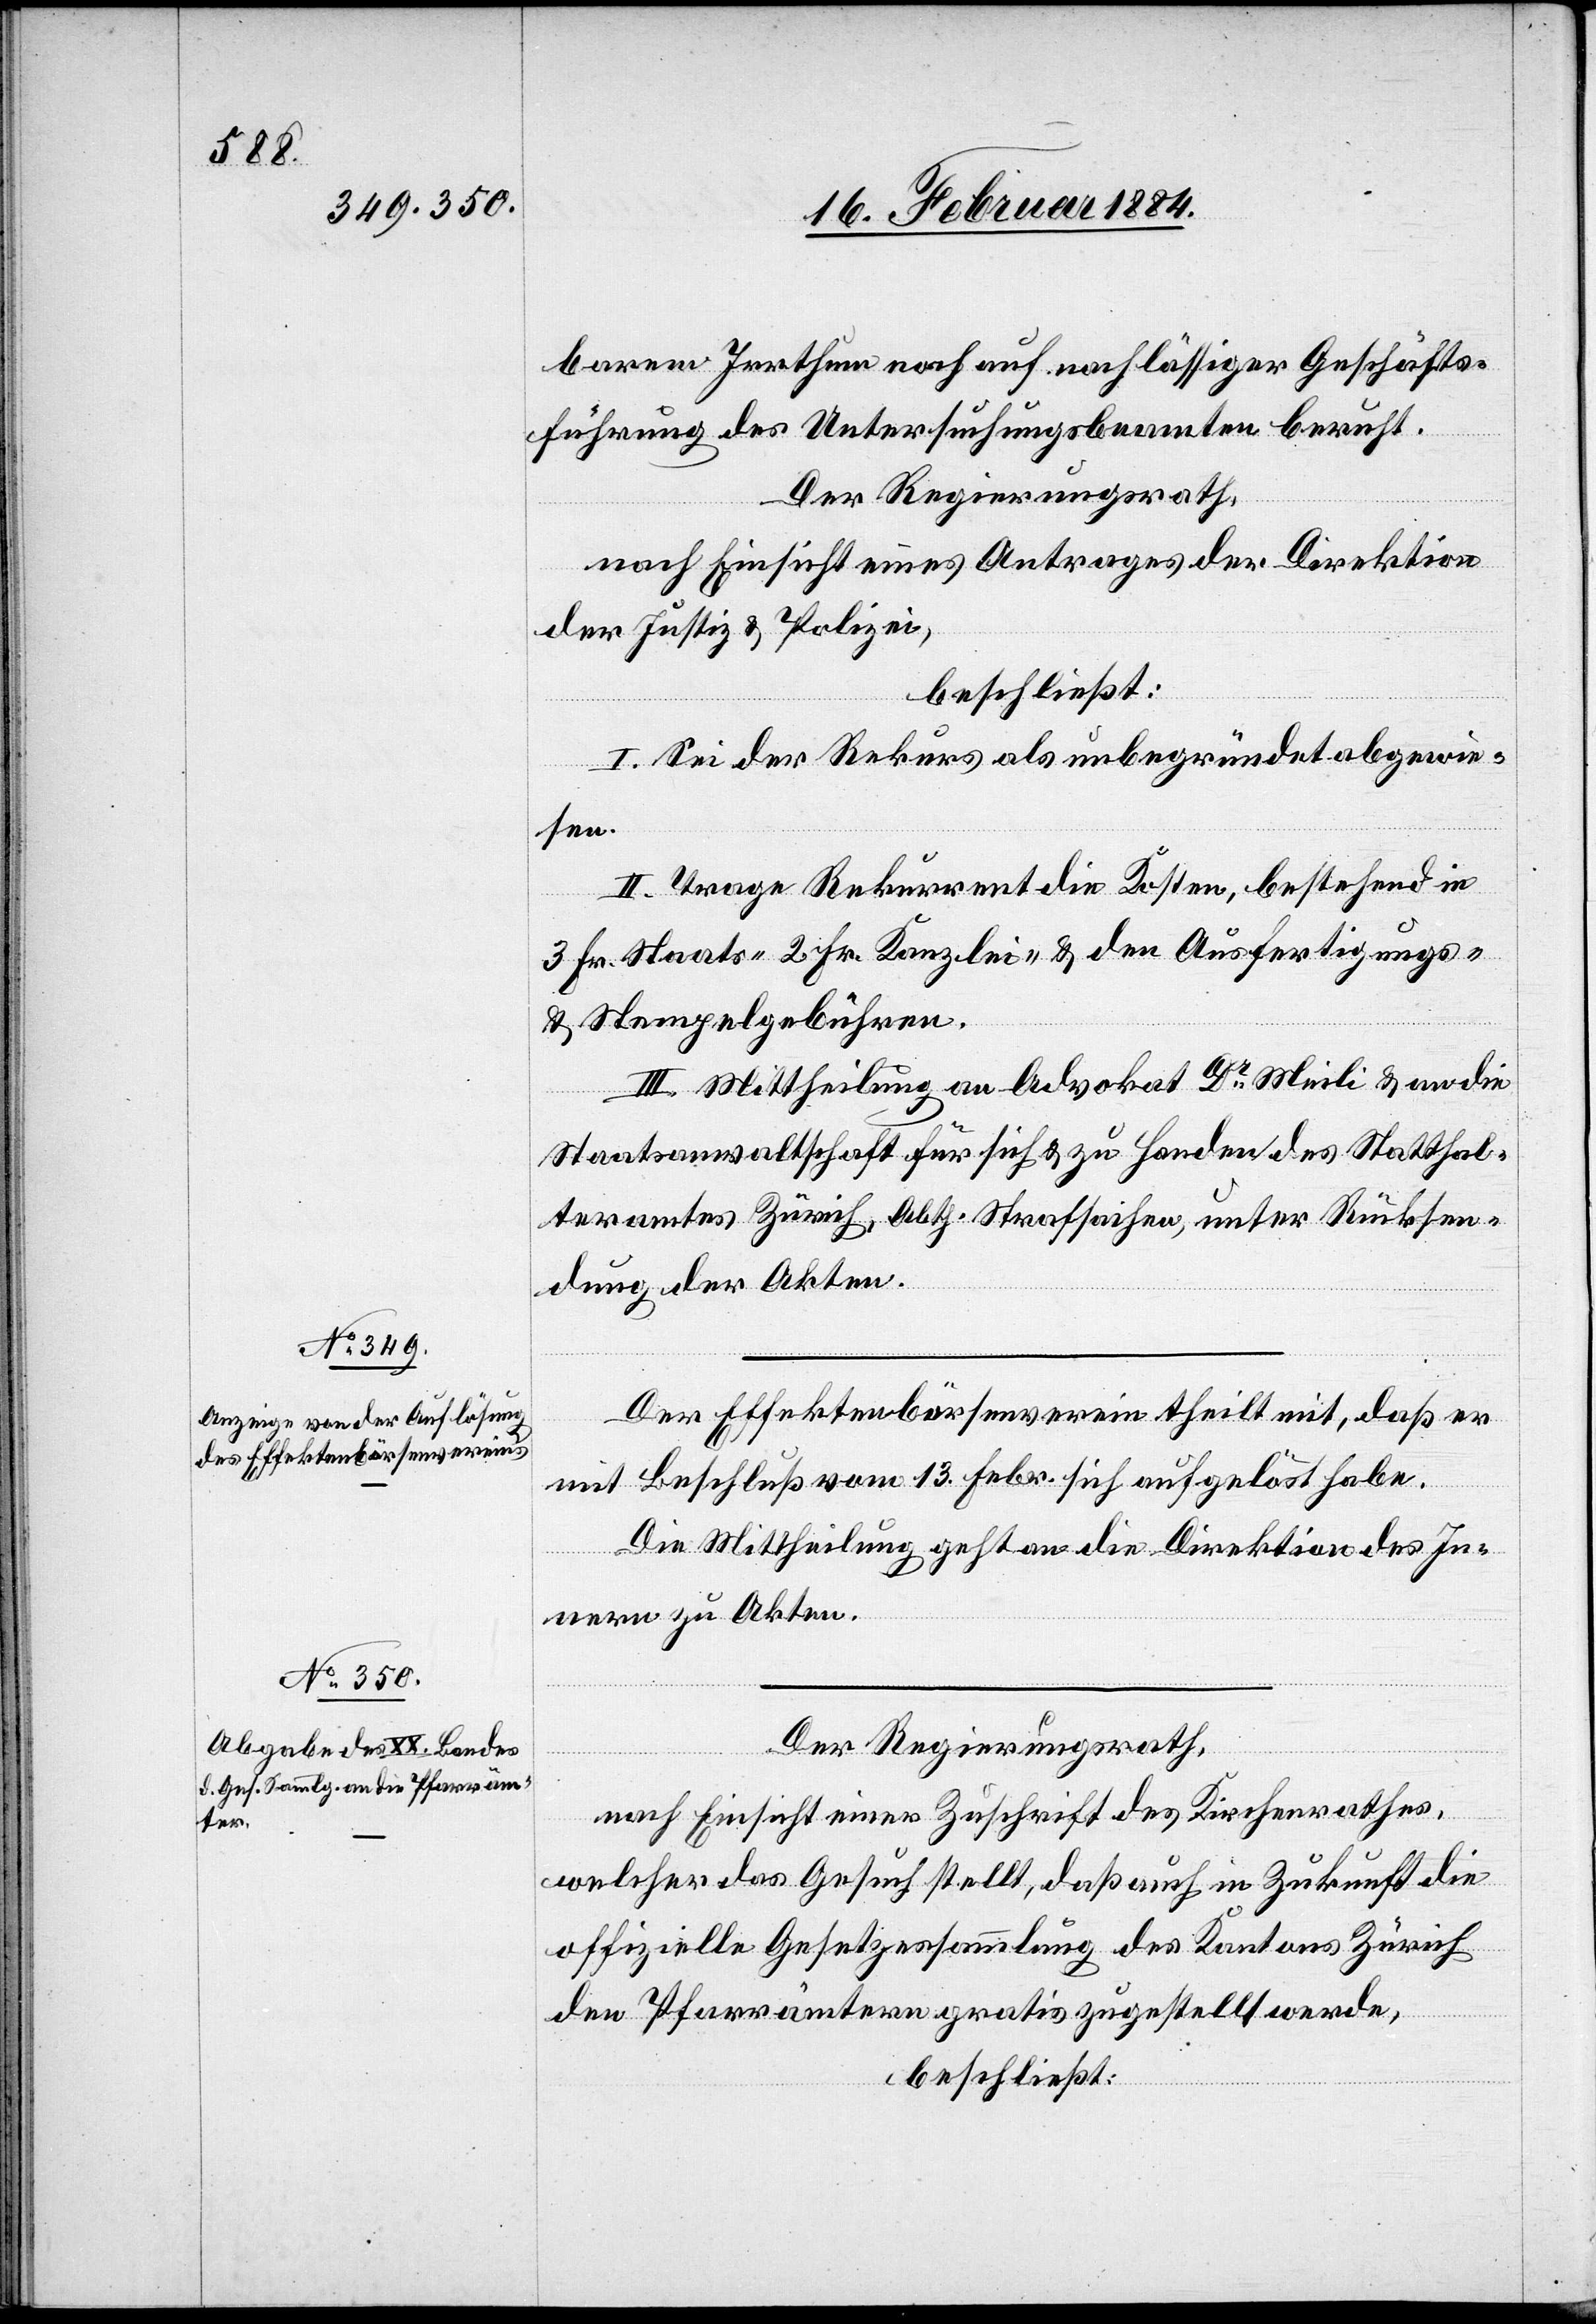
Der Effektenbörsenverein theilt mit, daß er
mit Beschluß vom 13. Febr. sich aufgelöst habe.
Die Mittheilung geht an die Direktion des In¬
nern zu Akten.
Der Regierungsrath,
nach Einsicht einer Zuschrift des Kirchenrathes,
welcher das Gesuch stellt, daß auch in Zukunft die
offizielle Gesetzessammlung des Kantons Zürich
den Pfarrämtern gratis zugestellt werde,
beschließt: